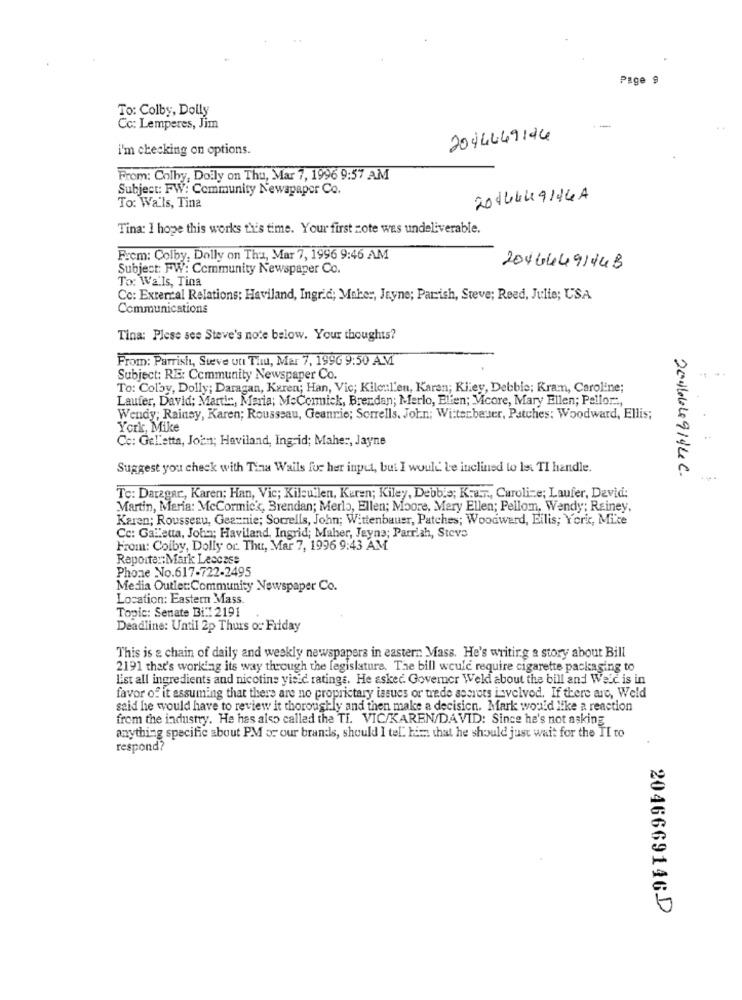
Page 9
To: Colby, Dolly
Cc: Lemperes, Jim
--
2044449124
i'm checking on options.
From: Colby, Doily on Thu, Mar 7, 1996 9:57 AM
Subject: FW: Community Newspaper Co.
2016449144A
To: Wa'ls, Tina
Tina: I hope this works this time. Your first zote was undeliverable.
Frem: Colby. Dolly on Thu, Mar 7, 1996 9:46 AM
Subject: FW: Community Newspaper Co.
20464491448
To: Walls, Tina
Cc: External Relations: Haviland, Ingrid; Maker, Jayne; Parish, Steve; Reed, Julie; USA
Communications
Tina: Plese see Steve's note below. Your thoughts?
From: Parrish, Steve utt Thu, Mar 7, 1996 9:50 AM
Subject: RE: Community Newspaper Co.
To: Colby, Dolly; Daragan, Keren; Han, Vic; Kiloul'en, Karen; Kiley, Debbie; Kram, Caroline;
Laufer, David; Martin, Maria; McCormick, Brendan; Merlo, Ellen; Mcore, Mary Ellen; Pellor .,
Wendy; Rainsy, Karen; Rousseau, Geannie; Sorrells. John; Witterbauer, Patches: Woodward, Ellis;
York, Mike
Cc: Gel'etta, John; Haviland, Ing-id; Maher, Jayne
Suggest you check with Tina Wails for her input, but I would be inclined to Is TI handle.
2006649144 C.
To: Daragar, Karen; Han, Vic; Kilcullen, Kuren; Kiley, Debbie; K.a.r ., Caroline; Laufer, David:
Martin, Maria: McCormick, Brendan; Merlo, Ellen; Moore, Mary Ellen; Pellom. Wendy; Rainey,
Karen; Rousseau, Geamnie; Sorrells, John; Wittenbauer, Patches; Woodward, Bilis; York, Mice
Cc: GaLetta, John; Haviland, Ingrid; Maher, Jeyna; Parrish, Steve
From: Colby, Dolly or Thu, Mar 7, 1996 9:43 AM
Reporta :: Mark Leccese
Phone No.617-722-2495
Media Outlet:Community Newspaper Co.
Location: Eastern Mass.
Topic: Senate Bi:1 2191
Deadline: Until 2p Thurs or Friday
This is a chain of daily and weakly newspapers in eastern Mass. He's writing a story about Bill
2191 that's working its way through the legislature. The bill would require cigarette packaging to
List all ingredients and nicotine yicid ratings. He asked. Govemer Weld about the bill and Weic is in
favor of it assuming that there are no proprietary issues or trede sotrots isvelvod. If there are, Weld
said he would have to review it thoroughly and then make a decision. Mark would like a reaction
from the industry. He has also called the TI. VIC/KAREN/DAVID: Since he's not asking
anything specific about PM or our brands, should I tel. him that he should just wait for the TI to
respond?
2046669146D